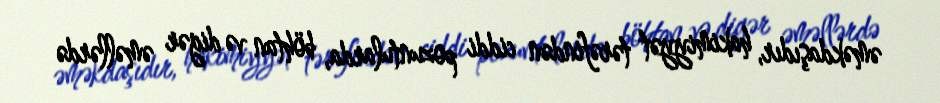
əməkdaşıdır, hakimiyyət tərəfindən ciddi pozuntularda, böhtan və digər əməllərdə